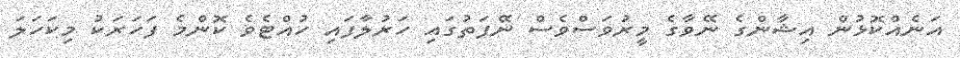
އަނެއްކޮޅުން އިޝާންގެ ނޭވާގެ މީރުވަސްވެސް ނޭފަތުގައި ހަރުލާފައި ހުއްޓެވެ ކޮންމެ ފަހަރަކު މިކަހަލަ